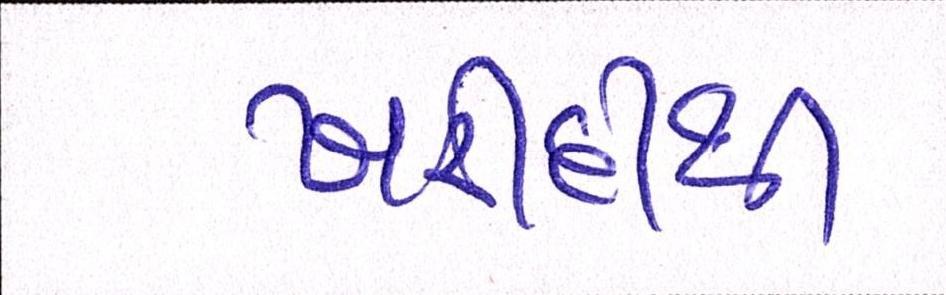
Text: ખરીદીથી